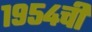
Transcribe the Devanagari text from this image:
१९५४ची